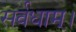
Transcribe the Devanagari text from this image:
सर्वधाम्‌।